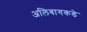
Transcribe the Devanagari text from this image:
अलिबागकडे